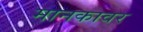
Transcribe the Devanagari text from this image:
मानकावर